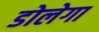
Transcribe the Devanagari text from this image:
डोलेगा